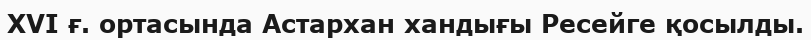
XVI ғ. ортасында Астархан хандығы Ресейге қосылды.